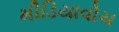
મીડિયાવોચ